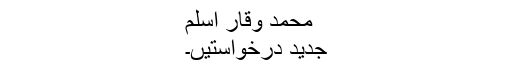
محمد وقار اسلم
جدید درخواستیں۔